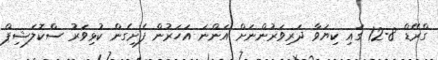
ގްރޭޑް 8-12 ގައި ކިޔަވާ ދަރިވަރުންނަށް އަންނަ އަހަރުން ފެށިގެން ކުޅިވަރު ސްކޮލަޝިޕް